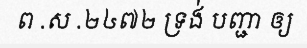
ព .ស .២៤៧២ ទ្រង់ បញ្ជា ឲ្យ